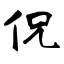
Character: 侃